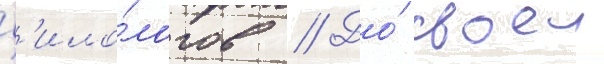
ф'ило́логов // До́ своеи